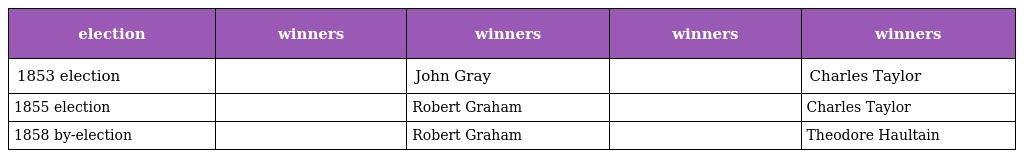
| election | winners | winners | winners | winners |
 | --- | --- | --- | --- | --- |
 | 1853 election |  | John Gray |  | Charles Taylor |
 | 1855 election |  | Robert Graham |  | Charles Taylor |
 | 1858 by-election |  | Robert Graham |  | Theodore Haultain |